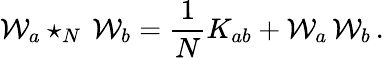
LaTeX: {\cal W}_{a}\star_{N}\, {\cal W}_{b}=\frac{1}{N}K_{ab}+{\cal W}_{a}\, {\cal W}_{b}\, .